system: You are a helpful assistant.
user:
Analyze the provided spectrum to determine if it is a **White Dwarf (WD)**.

A White Dwarf spectrum is defined by its **extreme purity** (due to gravitational settling) and/or **extreme pressure broadening** (due to high surface gravity). You must check for one of the following mutually exclusive signatures:

- **Key Visual Indicators (Check for ONE of these types):**

    - **1. DA-Type Signature (Most Common):**
        - **(Primary Feature):** Extreme pressure broadening (Stark broadening) of the **Hydrogen (H) Balmer lines**.
        - **(Key Lines):** $H\beta$ (approx. $4861$ Å) and $H\gamma$ (approx. $4340$ Å). $H\alpha$ (approx. $6563$ Å) will also be present if the wavelength range covers it.
        - **(Line Profile):** This is the **defining feature**. The lines are **NOT** sharp. They appear as massive, **extremely broad and deep "troughs" or "dips"** in the spectrum, often hundreds of Ångströms wide. The continuum will appear to "scoop" down at these wavelengths.
        - **(Distinction):** Normal A-type or B-type stars have *narrow* and *sharp* Hydrogen lines. A DA White Dwarf's lines are unmistakably "smeared" or "blurry" from pressure.

    - **2. DB-Type Signature:**
        - **(Primary Feature):** Broad absorption lines from **Neutral Helium (He I)**. The spectrum must lack any visible Hydrogen lines.
        - **(Key Lines):** Look for broad absorption near $4471$ Å, $4921$ Å, and $5876$ Å.
        - **(Line Profile):** These lines are also significantly pressure-broadened, appearing much wider than they would in a normal B-type main-sequence star.

    - **3. DC-Type Signature:**
        - **(Primary Feature):** A **featureless continuous spectrum**.
        - **(Line Profile):** The spectrum is a smooth curve with **no significant absorption or emission lines**.
        - **(Key Confirmation):** The continuum is almost always **blue or white**, indicating a hot object. This signature implies the atmosphere is so pure (or so cool) that no spectral lines are visible in the optical range. Its WD identity is confirmed by its extremely low intrinsic brightness (high absolute magnitude).

    - **4. DZ-Type Signature (Metal-Polluted):**
        - **(Primary Feature):** **Isolated, narrow metal absorption lines** on an otherwise featureless (DC-like) continuum.
        - **(Key Lines):** The **Calcium (Ca II) H & K doublet** (approx. **$3934$ Å** and **$3968$ Å**) is the most common and defining feature.
        - **(Line Profile):** These lines are "out of place." They are *not* part of a "forest" of thousands of lines. This signature is evidence of recent *accretion* (pollution) from rocky debris.
        - **(Distinction):** Normal G/K/M stars have a *dense forest* of thousands of metal lines. A DZ has a *clean* continuum with *only a few* strong metal lines.

    - **5. DQ-Type Signature (Carbon-Polluted):**
        - **(Primary Feature):** Absorption bands from **Carbon (C₂ "Swan Bands" or atomic C I)**.
        - **(Key Lines - C₂):** Look for bandheads with a "saw-tooth" shape near $5635$ Å, **$5165$ Å** (strongest), and $4737$ Å.
        - **(Key Confirmation):** The underlying **continuum must be blue or white** (hot).
        - **(Distinction):** This is the critical difference from a **Carbon Star**, which has the *exact same* C₂ bands but on an extremely **red, cool** continuum.

- **(Overall Spectrum):**
    - The continuum (overall shape) is typically **blue-sloping** (brighter in the blue than the red), as most white dwarfs are very hot.
    - The spectrum will look "pure" or "simple," dominated by only *one* of the five signatures listed above.

Think first, call **spectral_visualization_tool** if needed to examine features in detail, then provide your final answer. Your response must adhere to the following strict rules:
1.  **Overall Structure:** Your response must follow the format `<think>...</think> <tool_call>...</tool_call> (if a tool is used) <answer>...</answer>`.
2.  **Tool Usage Constraint:** You may only make **one** tool call per turn.
3.  **Final Answer Format:** In the `<answer>` tag, your conclusion must be inside a `\boxed{}` command (e.g., `\boxed{YES}` or `\boxed{NO}`), followed by your justification.

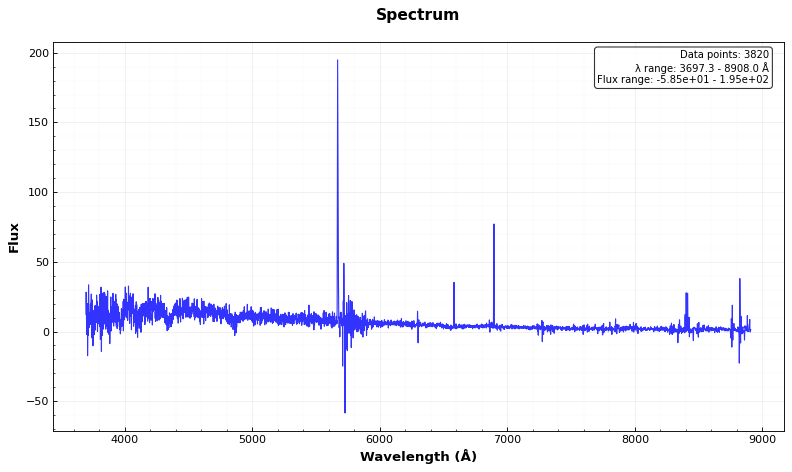
Answer: YES